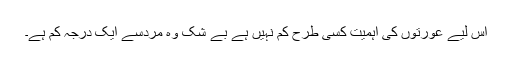
اس لیے عورتوں کی اہمیت کسی طرح کم نہیں ہے بے شک وہ مردسے ایک درجہ کم ہے۔